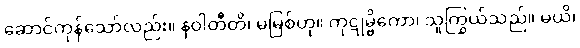
ဆောင်ကုန်သော်လည်း။ နဝါတီတိ၊ မမြစ်ဟု။ ကုဋုမ္ဗိကော၊ သူကြွယ်သည်။ မယိ၊